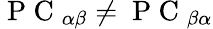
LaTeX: \mathrm{~P~C~}_{\alpha\beta}\neq\mathrm{~P~C~}_{\beta\alpha}